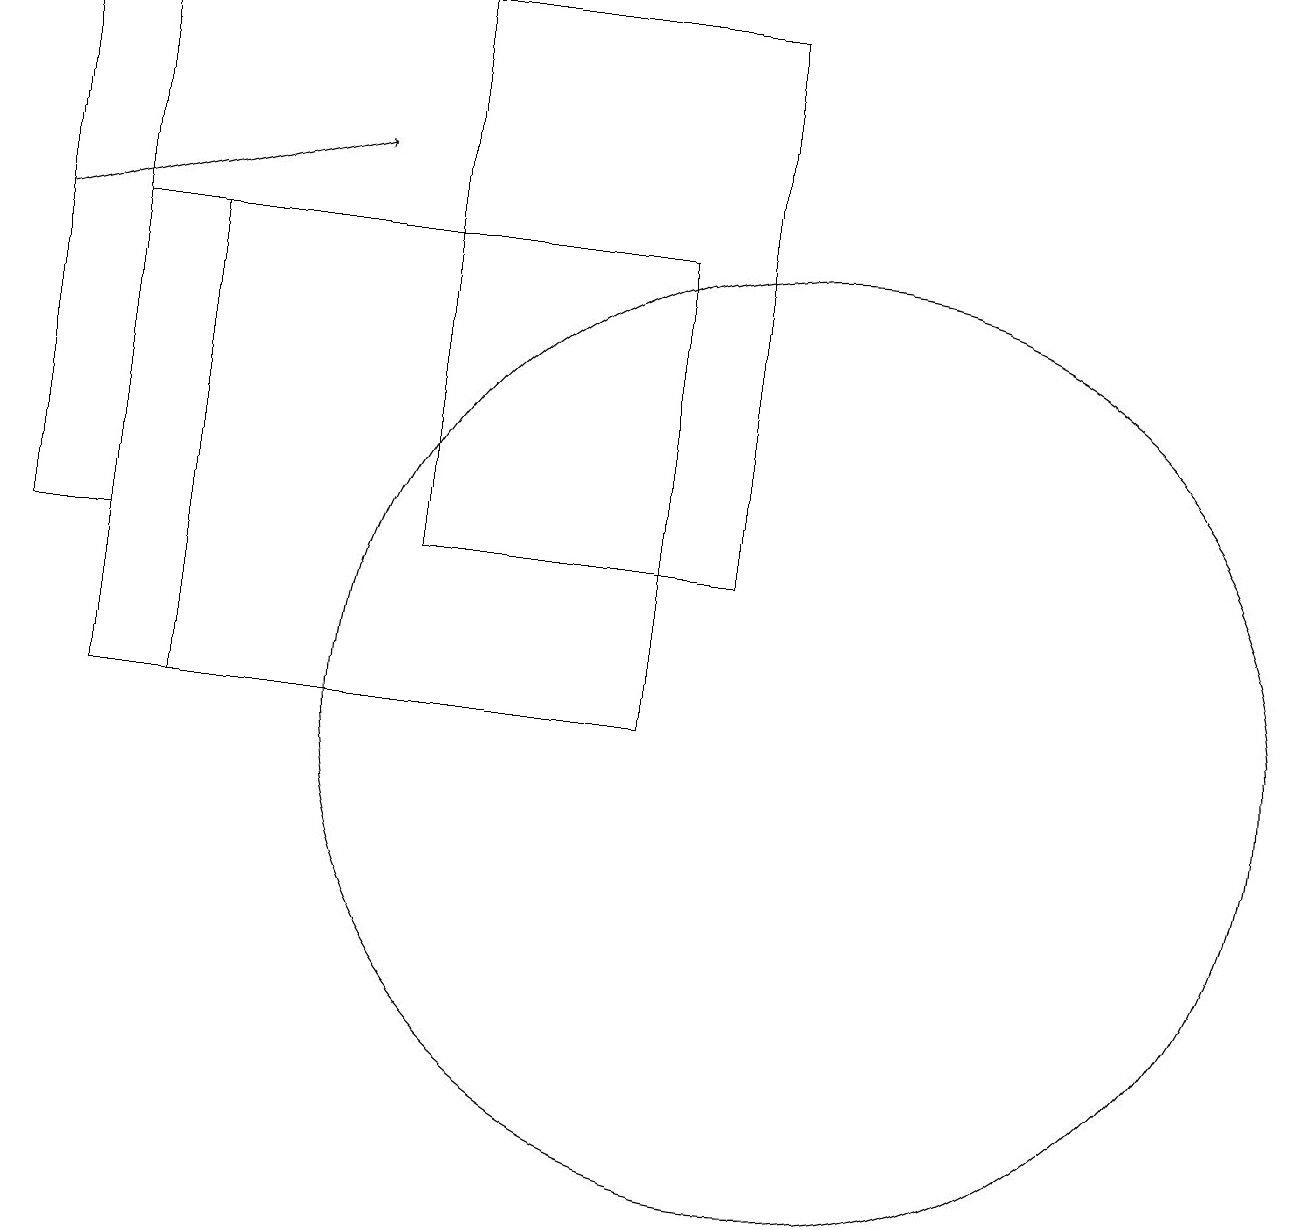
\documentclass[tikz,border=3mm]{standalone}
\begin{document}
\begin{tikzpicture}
\draw (10,10) circle (6);
\draw (1,16) rectangle (2,10);
\draw (9,12) rectangle (5,19);
\draw (8,16) rectangle (2,10);
\draw[->] (0,16) -- (4,17);
\draw (0,12) rectangle (1,19);
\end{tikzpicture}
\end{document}